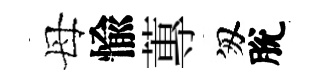
母愉蓴匆脫